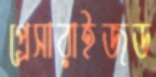
প্রেসারাইজড